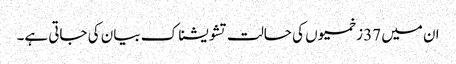
ان میں 37 زخمیوں کی حالت تشویشناک بیان کی جاتی ہے۔